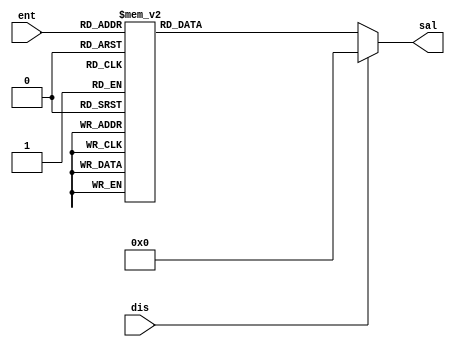
module decodificador( ent, sal, dis);
input [2:0] ent;
input dis;
output reg [7:0] sal;
    always @(*) begin
        if (!dis) begin
        case (ent) 
            3'b000:
            begin
                 sal=8'b00000001;
            end
            3'b001:
            begin
                 sal=8'b00000010;
            end
            3'b010:
            begin
                 sal=8'b00000100;
            end
            3'b011:
            begin
                 sal=8'b00001000;
            end
            3'b100:
            begin
                 sal=8'b00010000;
            end
            3'b101:
            begin
                 sal=8'b00100000;
            end
            3'b110:
            begin
                 sal=8'b01000000;
            end
            3'b111:
            begin
                 sal=8'b10000000;
            end
        endcase
        end
        else begin
            sal=8'b00000000;
        end
    end
endmodule